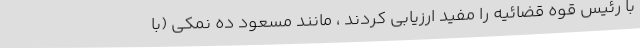
با رئیس قوه قضائیه را مفید ارزیابی کردند ، مانند مسعود ده نمکی (با